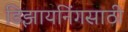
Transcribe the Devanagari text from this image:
डिझायनिंगसाठी